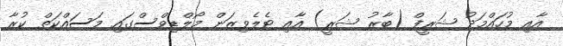
އާއި މުހައްމަދު ޝަރީފް (ބާރު ޝަރީ) އާއި ޓެލެވިޒަން މޯލްޑިވްސްގައި މަސައްކަތް ކުރާ